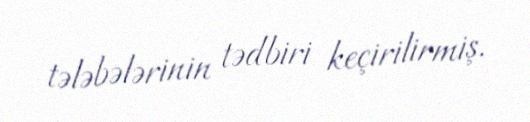
tələbələrinin tədbiri keçirilirmiş.